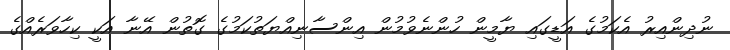
ނުދިންއިރު އެކަމުގެ އަޑީގައި ޔާމީން ހުންނެވުމުން އިންސާނިއްޔަތުކަމުގެ ގޮތުން އޭނާ އަކީ ކިހާވަރެއްގެ